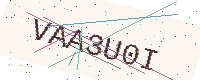
Text: VAA3U0I